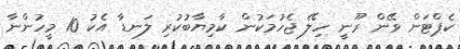
ކެޕްޓަން ވޭން ރޫނީ ހިލޭ ޖެހުމަކުން ކާމިޔާބުކުރި ލަނޑާ އެކު 10 މީހުންނާ